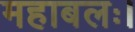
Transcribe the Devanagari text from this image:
महाबलः।